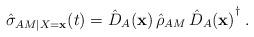
LaTeX: \begin{align*}\hat{\sigma}_{AM|X=\mathbf{x}}(t) = \hat{D}_A(\mathbf{x})\,\hat{\rho}_{AM}\,{\hat{D}_A(\mathbf{x})}^\dag\;.\end{align*}